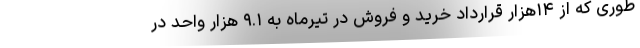
طوری که از ۱۴هزار قرارداد خرید و فروش در تیرماه به ۹.۱ هزار واحد در